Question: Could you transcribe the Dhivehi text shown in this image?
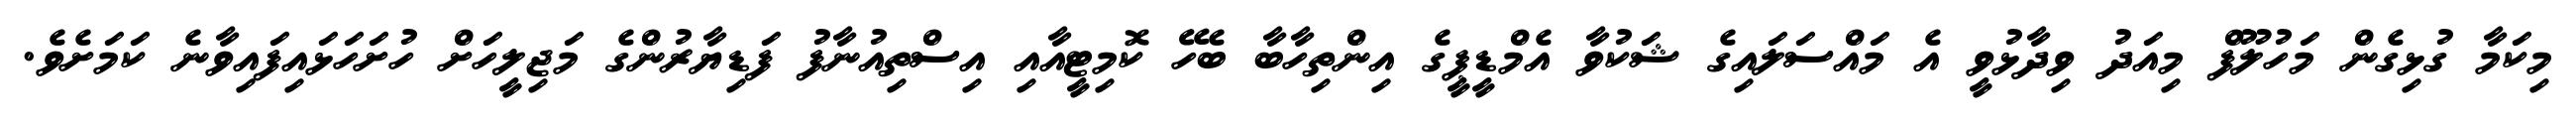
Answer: މިކަމާ ގުޅިގެން މަހުލޫފް މިއަދު ވިދާޅުވީ އެ މައްސަލައިގެ ޝަކުވާ އެމްޑީޕީގެ އިންތިހާބާ ބެހޭ ކޮމިޓީއާއި އިސްތިއުނާފު ފަޑިޔާރުންގެ މަޖިލީހަށް ހުށަހަޅައިފައިވާނެ ކަމަށެވެ.